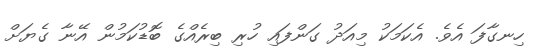
ހިނގާފަ އެވެ. އެކަމަކު މިއަދު ގަންފައި ހުރި ބިރެއްގެ ބޮޑުކަމުން އޭނާ ގެޔަށް